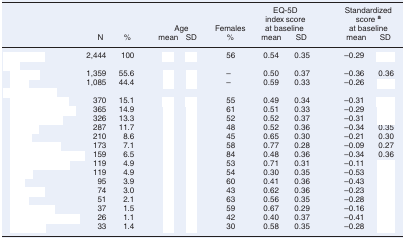
<table><thead><tr><td>[EMPTY_CELL]</td><td>[EMPTY_CELL]</td><td>[EMPTY_CELL]</td><td colspan="2"><b>Age</b></td><td><b>Females</b></td><td colspan="2"><b>EQ-5D index score at baseline</b></td><td colspan="2"><b>Standardized score <sup>a</sup> at baseline</b></td></tr><tr><td>[EMPTY_CELL]</td><td><b>N</b></td><td><b>%</b></td><td><b>mean</b></td><td><b>SD</b></td><td><b>%</b></td><td><b>mean</b></td><td><b>SD</b></td><td><b>mean</b></td><td><b>SD</b></td></tr></thead><tbody><tr><td>[EMPTY_CELL]</td><td>2,444</td><td>100</td><td>[EMPTY_CELL]</td><td>[EMPTY_CELL]</td><td>56</td><td>0.54</td><td>0.35</td><td>–0.29</td><td>[EMPTY_CELL]</td></tr><tr><td colspan="10">[EMPTY_CELL]</td></tr><tr><td>[EMPTY_CELL]</td><td>1,359</td><td>55.6</td><td>[EMPTY_CELL]</td><td>[EMPTY_CELL]</td><td>–</td><td>0.50</td><td>0.37</td><td>–0.36</td><td>0.36</td></tr><tr><td>[EMPTY_CELL]</td><td>1,085</td><td>44.4</td><td>[EMPTY_CELL]</td><td>[EMPTY_CELL]</td><td>–</td><td>0.59</td><td>0.33</td><td>–0.26</td><td>[EMPTY_CELL]</td></tr><tr><td colspan="10">[EMPTY_CELL]</td></tr><tr><td>[EMPTY_CELL]</td><td>370</td><td>15.1</td><td>[EMPTY_CELL]</td><td>[EMPTY_CELL]</td><td>55</td><td>0.49</td><td>0.34</td><td>–0.31</td><td>[EMPTY_CELL]</td></tr><tr><td>[EMPTY_CELL]</td><td>365</td><td>14.9</td><td>[EMPTY_CELL]</td><td>[EMPTY_CELL]</td><td>61</td><td>0.51</td><td>0.33</td><td>–0.29</td><td>[EMPTY_CELL]</td></tr><tr><td>[EMPTY_CELL]</td><td>326</td><td>13.3</td><td>[EMPTY_CELL]</td><td>[EMPTY_CELL]</td><td>52</td><td>0.52</td><td>0.37</td><td>–0.31</td><td>[EMPTY_CELL]</td></tr><tr><td>[EMPTY_CELL]</td><td>287</td><td>11.7</td><td>[EMPTY_CELL]</td><td>[EMPTY_CELL]</td><td>48</td><td>0.52</td><td>0.36</td><td>–0.34</td><td>0.35</td></tr><tr><td>[EMPTY_CELL]</td><td>210</td><td>8.6</td><td>[EMPTY_CELL]</td><td>[EMPTY_CELL]</td><td>45</td><td>0.65</td><td>0.30</td><td>–0.21</td><td>0.30</td></tr><tr><td>[EMPTY_CELL]</td><td>173</td><td>7.1</td><td>[EMPTY_CELL]</td><td>[EMPTY_CELL]</td><td>58</td><td>0.77</td><td>0.28</td><td>–0.09</td><td>0.27</td></tr><tr><td>[EMPTY_CELL]</td><td>159</td><td>6.5</td><td>[EMPTY_CELL]</td><td>[EMPTY_CELL]</td><td>84</td><td>0.48</td><td>0.36</td><td>–0.34</td><td>0.36</td></tr><tr><td>[EMPTY_CELL]</td><td>119</td><td>4.9</td><td>[EMPTY_CELL]</td><td>[EMPTY_CELL]</td><td>53</td><td>0.71</td><td>0.31</td><td>–0.11</td><td>[EMPTY_CELL]</td></tr><tr><td>[EMPTY_CELL]</td><td>119</td><td>4.9</td><td>[EMPTY_CELL]</td><td>[EMPTY_CELL]</td><td>54</td><td>0.30</td><td>0.35</td><td>–0.53</td><td>[EMPTY_CELL]</td></tr><tr><td>[EMPTY_CELL]</td><td>95</td><td>3.9</td><td>[EMPTY_CELL]</td><td>[EMPTY_CELL]</td><td>60</td><td>0.41</td><td>0.36</td><td>–0.43</td><td>[EMPTY_CELL]</td></tr><tr><td>[EMPTY_CELL]</td><td>74</td><td>3.0</td><td>[EMPTY_CELL]</td><td>[EMPTY_CELL]</td><td>43</td><td>0.62</td><td>0.36</td><td>–0.23</td><td>[EMPTY_CELL]</td></tr><tr><td>[EMPTY_CELL]</td><td>51</td><td>2.1</td><td>[EMPTY_CELL]</td><td>[EMPTY_CELL]</td><td>63</td><td>0.56</td><td>0.35</td><td>–0.28</td><td>[EMPTY_CELL]</td></tr><tr><td>[EMPTY_CELL]</td><td>37</td><td>1.5</td><td>[EMPTY_CELL]</td><td>[EMPTY_CELL]</td><td>59</td><td>0.67</td><td>0.29</td><td>–0.16</td><td>[EMPTY_CELL]</td></tr><tr><td>[EMPTY_CELL]</td><td>26</td><td>1.1</td><td>[EMPTY_CELL]</td><td>[EMPTY_CELL]</td><td>42</td><td>0.40</td><td>0.37</td><td>–0.41</td><td>[EMPTY_CELL]</td></tr><tr><td>[EMPTY_CELL]</td><td>33</td><td>1.4</td><td>[EMPTY_CELL]</td><td>[EMPTY_CELL]</td><td>30</td><td>0.58</td><td>0.35</td><td>–0.28</td><td>[EMPTY_CELL]</td></tr></tbody></table>